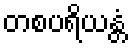
တစပရိယန္တံ